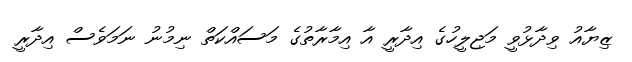
ޒިޔާއު ވިދާޅުވީ މަޖިލީހުގެ އިދާރީ އާ އިމާރާތުގެ މަސައްކަތް ނިމުނު ނަމަވެސް އިދާރީ